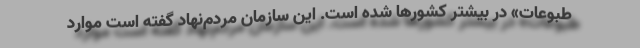
طبوعات» در بیشتر کشورها شده است. این سازمان مردم‌نهاد گفته است موارد